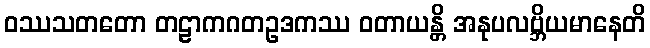
ဝဿသတတော တဠာကဂတဥဒကဿ ဝတာယန္တိ အနုပလဗ္ဘိယမာနေတိ